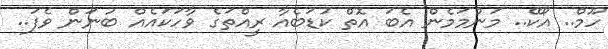
ހޫމް.. އޯކޭ.. މަންމަމެން އެބަ އޮތް ކުޑަބެއާ ރީއްތަގެ ވާހަކައެއް ބުނަން ވެފަ..